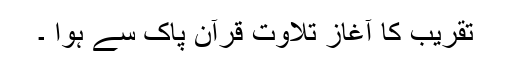
تقریب کا آغاز تلاوتِ قرآن پاک سے ہوا ۔